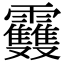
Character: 𩇈